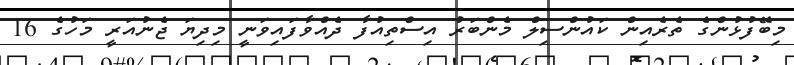
މިބޭފުޅުންގެ ތެރެއިން ކައުންސިލް މެންބަރު އިސްތިއުފާ ދެއްވާފައިވަނީ މިދިޔަ ޖެނުއަރީ މަހުގެ 16